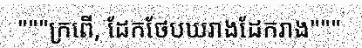
"""ក្រពើ, ដែកថែបឃរាងដែករាង"""